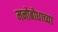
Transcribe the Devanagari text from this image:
मनोबोधाच्या